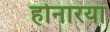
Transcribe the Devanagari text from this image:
होनारया